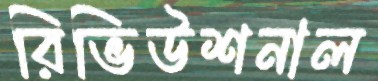
রিভিউশনাল